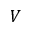
V